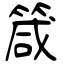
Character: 箴